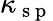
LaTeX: \kappa_{\mathrm{~s~p~}}